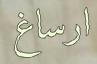
ارساغ